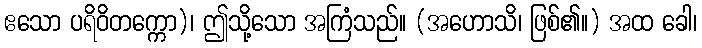
ဧသော ပရိဝိတက္ကော)၊ ဤသို့သော အကြံသည်။ (အဟောသိ၊ ဖြစ်၏။) အထ ခေါ၊